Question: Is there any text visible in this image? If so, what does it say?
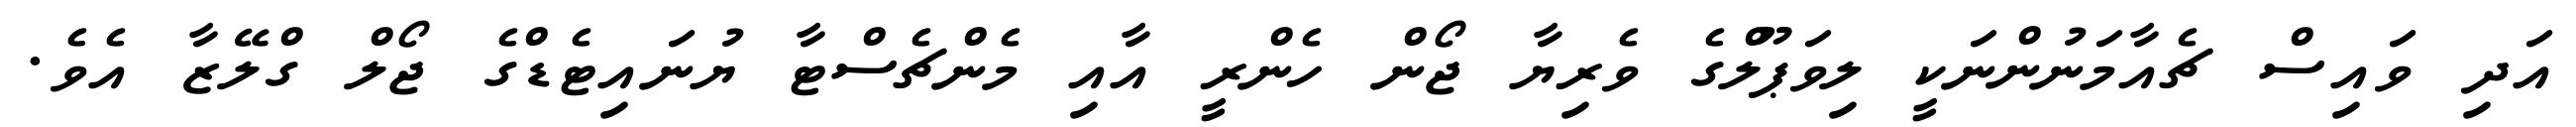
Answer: އަދި ވައިސް ޗެއާމަނުންނަކީ ލިވަޕޫލްގެ ވެރިޔާ ޖޯން ހެންރީ އާއި މެންޗެސްޓާ ޔުނައިޓެޑްގެ ޖޯލް ގްލޭޒާ އެވެ.